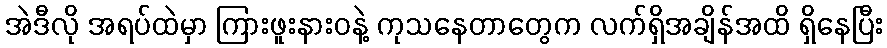
အဲဒီလို အရပ်ထဲမှာ ကြားဖူးနားဝနဲ့ ကုသနေတာတွေက လက်ရှိအချိန်အထိ ရှိနေပြီး